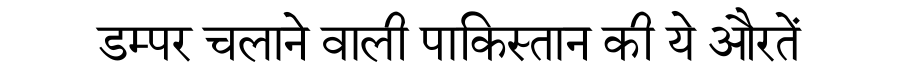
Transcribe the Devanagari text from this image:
डम्पर चलाने वाली पाकिस्तान की ये औरतें